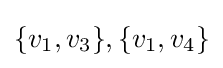
\{v_{1},v_{3}\},\{v_{1},v_{4}\}